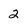
Character: 2